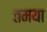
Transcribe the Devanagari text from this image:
तमया